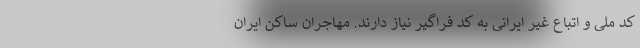
کد ملی و اتباع غیر ایرانی به کد فراگیر نیاز دارند. مهاجران ساکن ایران